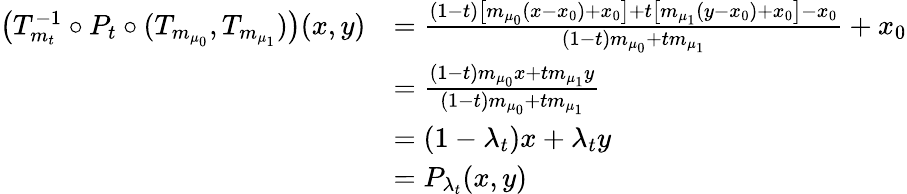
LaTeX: \begin{array}{rl}{\big(T_{m_{t}}^{-1}\circ P_{t}\circ(T_{m_{\mu_{0}}},T_{m_{\mu_{1}}})\big)(x,y)}&{=\frac{(1-t)\big[m_{\mu_{0}}(x-x_{0})+x_{0}\big]+t\big[m_{\mu_{1}}(y-x_{0})+x_{0}\big]-x_{0}}{(1-t)m_{\mu_{0}}+tm_{\mu_{1}}}+x_{0}}\\ &{=\frac{(1-t)m_{\mu_{0}}x+tm_{\mu_{1}}y}{(1-t)m_{\mu_{0}}+tm_{\mu_{1}}}}\\ &{=(1-\lambda_{t})x+\lambda_{t}y}\\ &{=P_{\lambda_{t}}(x,y)}\end{array}